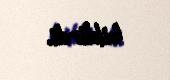
bildirdi.